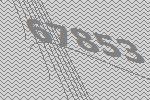
67853